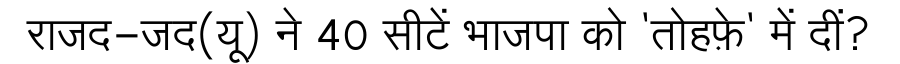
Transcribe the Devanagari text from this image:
राजद-जद(यू) ने 40 सीटें भाजपा को 'तोहफ़े' में दीं?